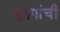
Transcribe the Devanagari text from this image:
सुरुंगांची